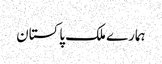
ہمارے ملک پاکستان